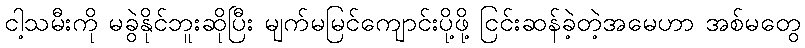
ငါ့သမီးကို မခွဲနိုင်ဘူးဆိုပြီး မျက်မမြင်ကျောင်းပို့ဖို့ ငြင်းဆန်ခဲ့တဲ့အမေဟာ အစ်မတွေ